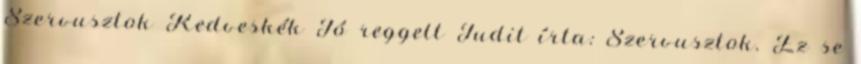
Szervusztok Kedveskék Jó reggelt Judit írta: Szervusztok. Ez se